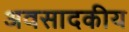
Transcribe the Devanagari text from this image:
अवसादकीय